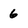
Character: 6